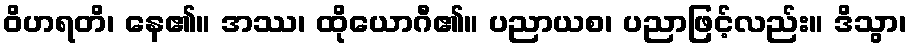
ဝိဟရတိ၊ နေ၏။ အဿ၊ ထိုယောဂီ၏။ ပညာယစ၊ ပညာဖြင့်လည်း။ ဒိသွာ၊